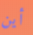
أين